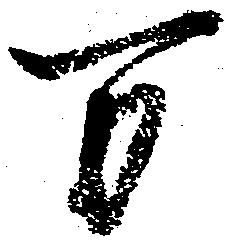
万